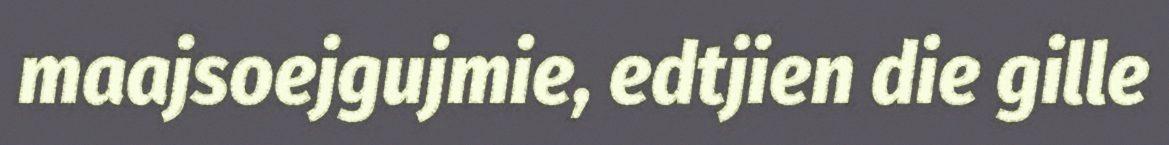
maajsoejgujmie, edtjien die gille